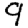
Digit: 9